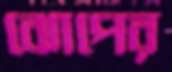
ঝোপের